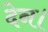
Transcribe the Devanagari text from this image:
देन।